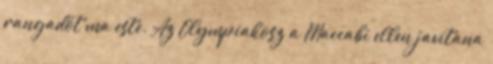
rangadót ma este. Az Olympiakosz a Maccabi ellen javítana